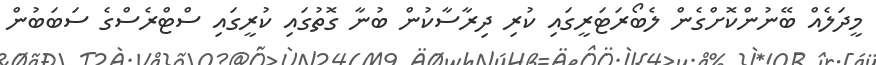
މީދަލެއް ބޭނުންކޮށްގެން ލެބޯރަޓަރީގައި ކުރި ދިރާސާކުން ބުނާ ގޮތުގައި ކުރީގައި ސްޓްރެސްގެ ސަބަބުން